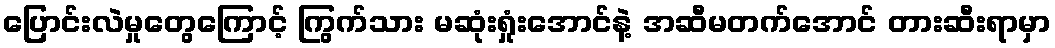
ပြောင်းလဲမှုတွေကြောင့် ကြွက်သား မဆုံးရှုံးအောင်နဲ့ အဆီမတက်အောင် တားဆီးရာမှာ